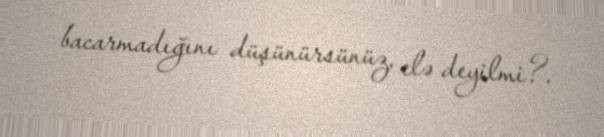
bacarmadığını düşünürsünüz, elə deyilmi?.